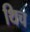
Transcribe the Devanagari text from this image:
थिच